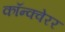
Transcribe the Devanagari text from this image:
कॉन्क्वेरर